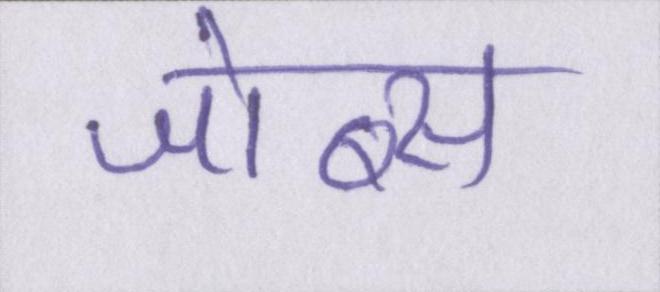
जोब्स